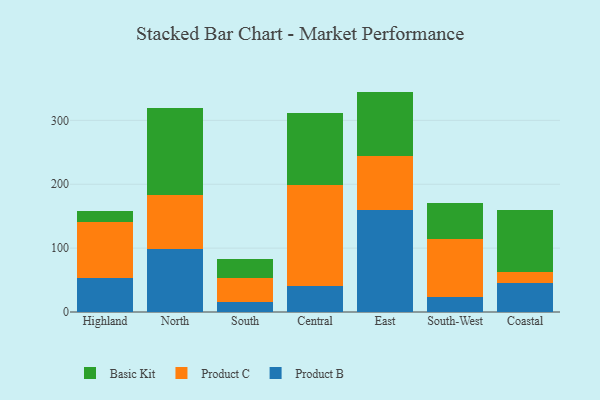
{"axis": {"x": "Region", "y": "Market Share (%)"}, "legend": ["Basic Kit", "Product B", "Product C"], "data": [{"x": "Highland", "y": 52.7, "type": "Product B"}, {"x": "Highland", "y": 87.8, "type": "Product C"}, {"x": "Highland", "y": 17.3, "type": "Basic Kit"}, {"x": "North", "y": 98.6, "type": "Product B"}, {"x": "North", "y": 84.5, "type": "Product C"}, {"x": "North", "y": 136.6, "type": "Basic Kit"}, {"x": "South", "y": 15.7, "type": "Product B"}, {"x": "South", "y": 38.2, "type": "Product C"}, {"x": "South", "y": 29.8, "type": "Basic Kit"}, {"x": "Central", "y": 40.1, "type": "Product B"}, {"x": "Central", "y": 159.2, "type": "Product C"}, {"x": "Central", "y": 111.7, "type": "Basic Kit"}, {"x": "East", "y": 159.1, "type": "Product B"}, {"x": "East", "y": 85.3, "type": "Product C"}, {"x": "East", "y": 100.6, "type": "Basic Kit"}, {"x": "South-West", "y": 23.8, "type": "Product B"}, {"x": "South-West", "y": 90.1, "type": "Product C"}, {"x": "South-West", "y": 56.7, "type": "Basic Kit"}, {"x": "Coastal", "y": 44.9, "type": "Product B"}, {"x": "Coastal", "y": 17.1, "type": "Product C"}, {"x": "Coastal", "y": 98.0, "type": "Basic Kit"}]}